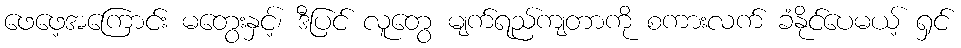
ဖေဖေ့အကြောင်း မတွေးနှင့်၊ ဒီပြင် လူတွေ မျက်ရည်ကျတာကို စကားလက် ခံနိုင်ပေမယ့် ရှင်